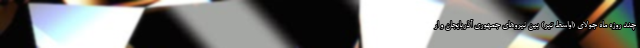
چند روزه ماه جولای (اواسط تیر) بین نیرو‌های جمهوری آذربایجان و ار